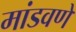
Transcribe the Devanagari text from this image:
मांडवणे